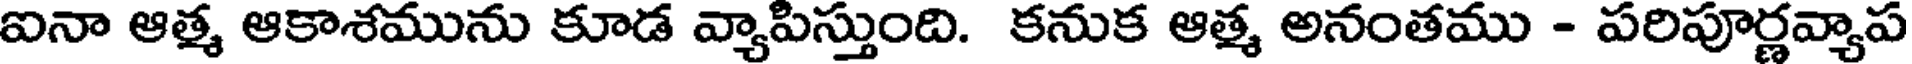
ఐనా ఆత్మ ఆకాశమును కూడ వ్యాపిస్తుంది. కనుక ఆత్మ అనంతము - పరిపూర్ణవ్యాప